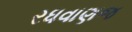
રધવાણજ